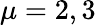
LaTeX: \mu=2,3